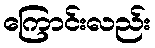
ကြောင်းလည်း